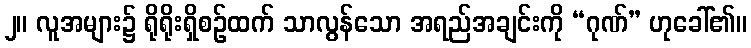
၂။ လူအများ၌ ရိုရိုးရှိစဉ်ထက် သာလွန်သော အရည်အချင်းကို “ဂုဏ်” ဟုခေါ်၏။